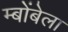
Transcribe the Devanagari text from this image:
म्बोंबेला